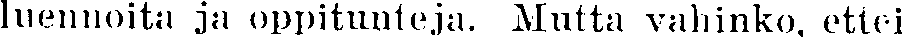
luennoita ja oppitunteja. Mutta vahinko, ettei